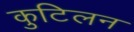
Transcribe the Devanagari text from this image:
कुटिलन